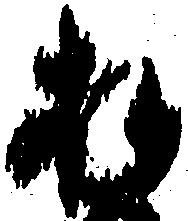
お